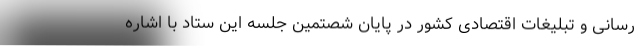
رسانی و تبلیغات اقتصادی کشور در پایان شصتمین جلسه این ستاد با اشاره